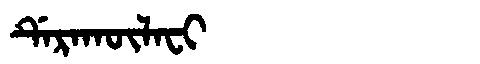
Manchu: ᡩᡝᡵᠠᡴᡡᠯᠠᠸᡳ
Romanization: DERAKŪLAFI